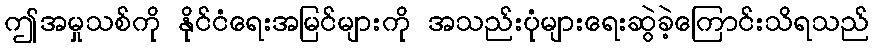
ဤအမှုသစ်ကို နိုင်ငံရေးအမြင်များကို အသည်းပုံများရေးဆွဲခဲ့ကြောင်းသိရသည်